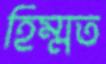
হিম্মত